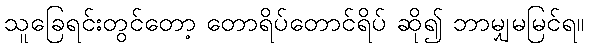
သူခြေရင်းတွင်တော့ တောရိပ်တောင်ရိပ် ဆို၍ ဘာမျှမမြင်ရ။